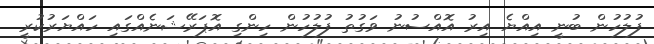
ފުލުހުން ބުނީ އިއްޔެ އިރު އޮއްސުނު ވަގުތު ފުލުހުން ހިންގި އޮޕަރޭޝަނެއްގައި ހައްޔަރުކުރީ